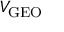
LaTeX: V _ { \mathrm { G E O } }